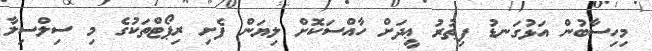
މިހިސާބުން އަޅުގަނޑު ފިޠުރު ޢީދަށް ހާއްސަކޮށް ލިޔަން ފެށި ރިޕޯޓްތަކުގެ މި ސިލްސިލާ